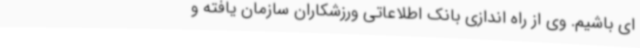
ای باشیم. وی از راه اندازی بانک اطلاعاتی ورزشکاران سازمان یافته و